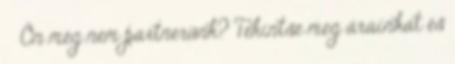
› Ön még nem partnerünk? Tekintse meg árainkat és